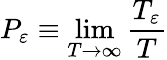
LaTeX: P_{\varepsilon}\equiv\operatorname*{lim}_{T\to\infty}\frac{T_{\varepsilon}}{T}